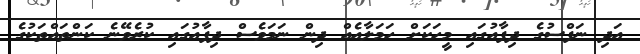
އަދި ނަފްސުގެ ދިފާއުގައި މީހަކަށް ހަމަލާއެއް ދިން ނަމަވެސް ދިފާއުގައި ކުރެވޭނެ ކަންތައްތަކުގެ